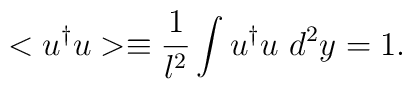
<u^{\dagger}u>\equiv\frac{1}{l^{2}}\int u^{\dagger}u\mbox{ }d^{2}y=1.